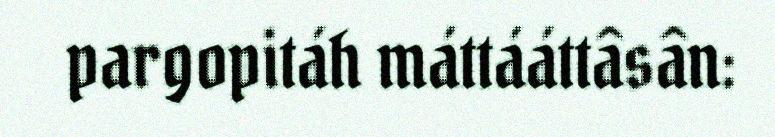
pargopitáh máttááttâsân: